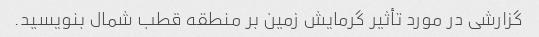
گزارشی در مورد تأثیر گرمایش زمین بر منطقه قطب شمال بنویسید.